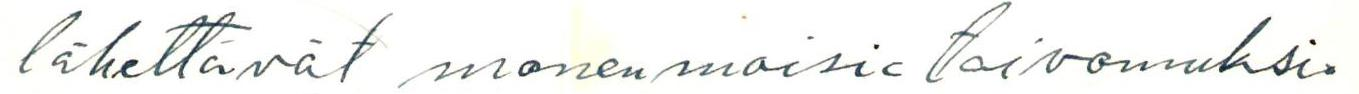
lähettävät monenmoisia toivomuksia